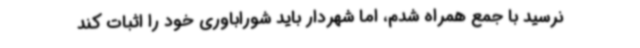
نرسید با جمع همراه شدم، اما شهردار باید شوراباوری خود را اثبات کند